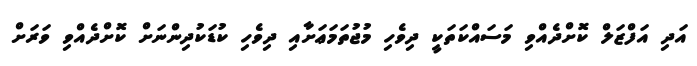
އަދި އަފްޒަލް ކޮށްދެއްވި މަސައްކަތަކީ ދިވެހި މުޖުތަމަޢަށާއި ދިވެހި ކުޑަކުދިންނަށް ކޮށްދެއްވި ވަރަށް